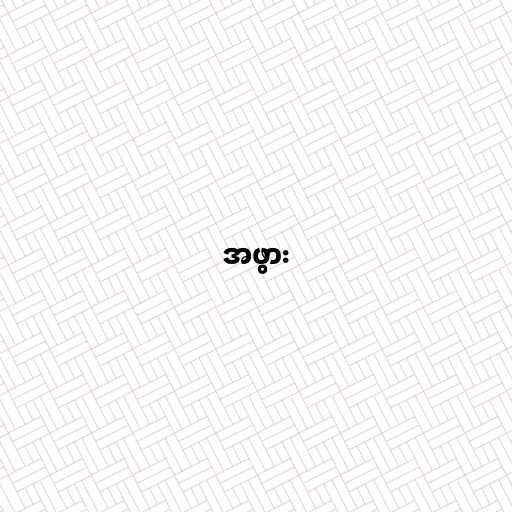
အဖွား